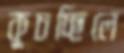
কুচচ্ছিলে